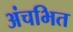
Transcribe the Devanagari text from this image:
अंचभित